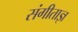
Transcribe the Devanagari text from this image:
संगीताज्ञ